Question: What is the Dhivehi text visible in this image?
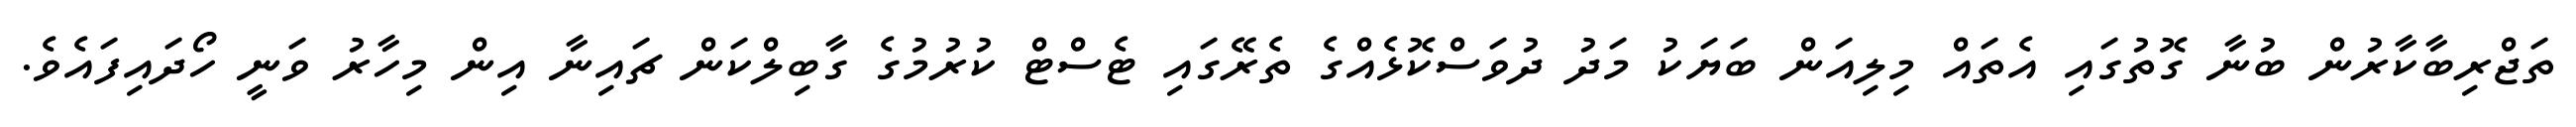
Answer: ތަޖްރިބާކާރުން ބުނާ ގޮތުގައި އެތައް މިލިއަން ބަޔަކު މަދު ދުވަސްކޮޅެއްގެ ތެރޭގައި ޓެސްޓް ކުރުމުގެ ގާބިލްކަން ޗައިނާ އިން މިހާރު ވަނީ ހޯދައިފައެވެ.